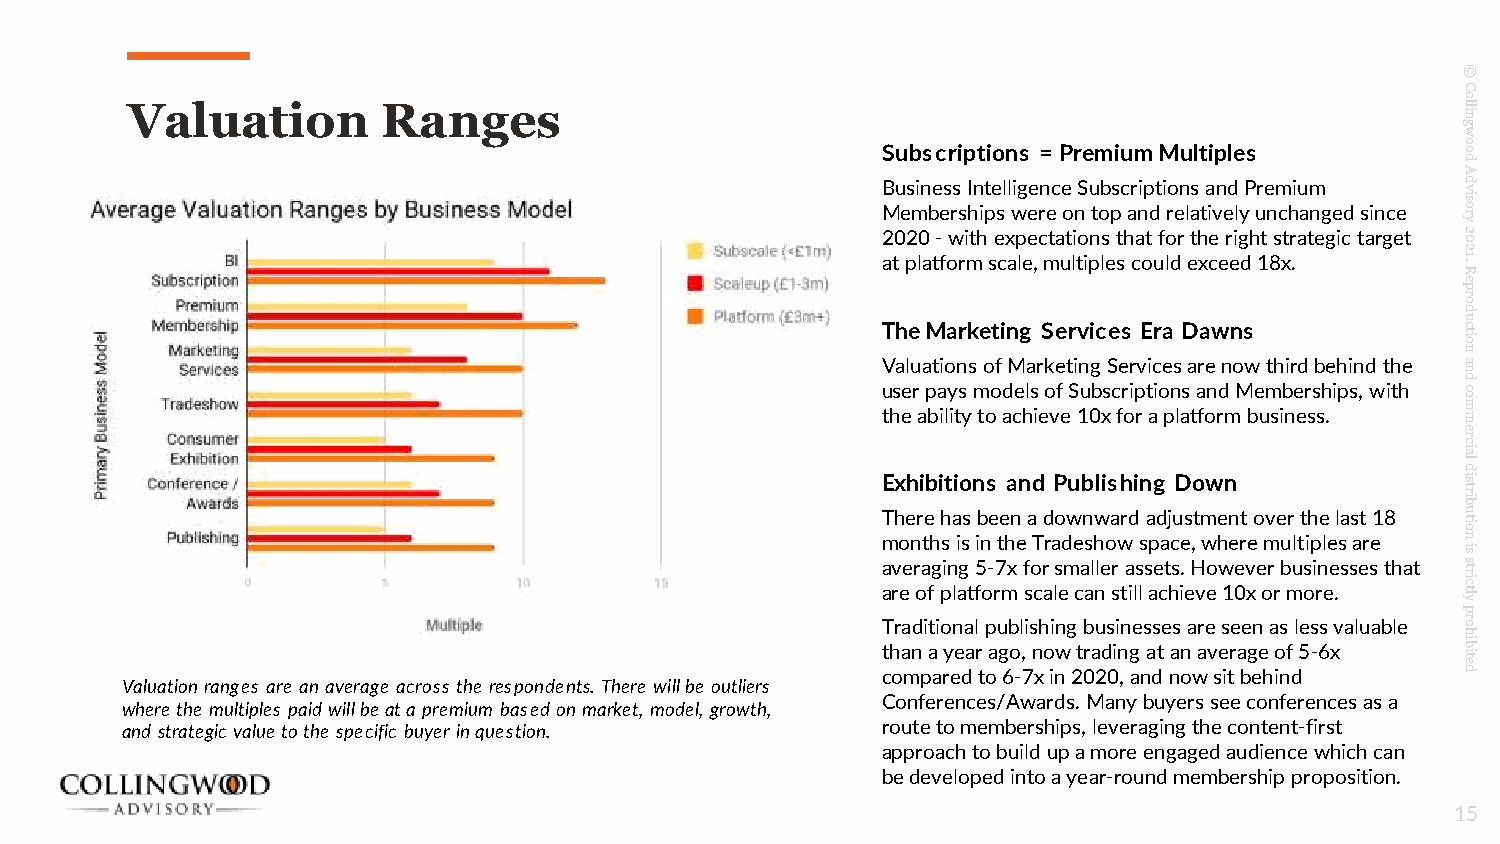
©
 C
 o
 Valuation        Ranges                                                                  nill
 g
 w
 Subscriptions = Premium Multiples      oo
 d
 A
 Business Intelligence Subscriptions and Premium vd
 si
 Memberships were on top and relatively unchanged since yro
 2020 -with expectations that for the right strategic target 02
 2
 at platform scale, multiples could exceed 18x.
 R
 .1
 e
 p
 or
 d
 u
 The Marketing Services Era Dawns       c
 oit
 n
 Valuations of Marketing Services are now third behind the a
 n
 d
 user pays models of Subscriptions and Memberships, with c
 o
 m
 the ability to achieve 10x for a platform business. m
 e
 cr
 ai
 d
 l
 Exhibitions and Publishing Down        si
 birt
 There has been a downward adjustment over the last 18 oitu
 months is in the Tradeshow space, where multiples are
 si
 n
 a av ree r oa fg pin lag
 t
 f5 o- r7 mx f so cr
 a
 ls em ca al nle sr ta ils
 l
 s ae ct hs i.
 e
 H veo w 10ev xe or
 r
 b mus oi rn ee .sses that yltcirts
 p
 Traditional publishing businesses are seen as less valuable or
 h
 than a year ago, now trading at an average of 5-6x
 etibi
 compared to 6-7x in 2020, and now sit behind d
 Valuation ranges are an average across the respondents. There will be outliers
 Conferences/Awards. Many buyers see conferences as a
 where the multiples paid will be at a premium based on market, model, growth,
 and strategic value to the specific buyer in question. route to memberships, leveraging the content-first
 approach to build up a more engaged audience which can
 be developed into a year-round membership proposition.
 15